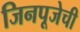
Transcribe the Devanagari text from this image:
जिनपूजेची